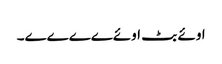
اوئے بٹ اوئےےےےے۔